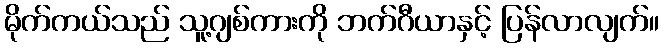
မိုက်ကယ်သည် သူ့ဂျစ်ကားကို ဘက်ဂီယာနှင့် ပြန်လာလျက်။